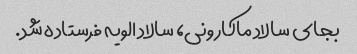
بجای سالاد ماکارونی، سالاد الویه فرستاده شد.